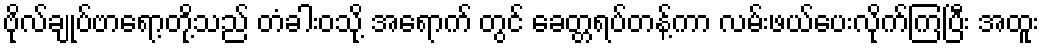
ဗိုလ်ချုပ်ဗာရော့တို့သည် တံခါးဝသို့ အရောက် တွင် ခေတ္တရပ်တန့်ကာ လမ်းဖယ်ပေးလိုက်ကြပြီး အထူး